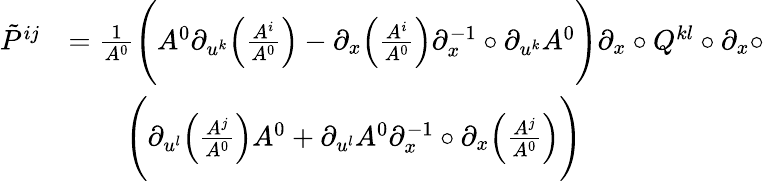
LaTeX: \begin{array}{rl}{\tilde{P}^{ij}}&{=\frac 1{A^{0}}\Bigg(A^{0}{\partial}_{u^{k}}\Big(\frac{A^{i}}{A^{0}}\Big)-{\partial}_{x}\Big(\frac{A^{i}}{A^{0}}\Big){\partial}_{x}^{-1}\circ{\partial}_{u^{k}}A^{0}\Bigg){\partial}_{x}\circ Q^{kl}\circ{\partial}_{x}\circ}\\ &{\qquad\Bigg({\partial}_{u^{l}}\Big(\frac{A^{j}}{A^{0}}\Big)A^{0}+{\partial}_{u^{l}}A^{0}{\partial}_{x}^{-1}\circ{\partial}_{x}\Big(\frac{A^{j}}{A^{0}}\Big)\Bigg)}\end{array}